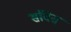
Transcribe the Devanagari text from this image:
संवित्